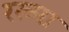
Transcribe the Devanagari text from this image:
रख्मा